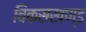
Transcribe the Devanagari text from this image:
विकसखण्ड